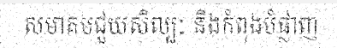
សមាគមជួយសិល្បៈ និងកំពុងបំផ្លាញ